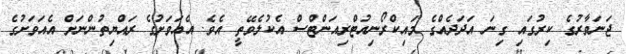
ޖަނަވާރުގެ ކިރުގައި ގިނަ އަދަދެއްގެ މައިކްރޯނިއުޓްރިއަންޓްސް އެކުލެވޭތީ އެވެ. އެއަވަށުގެ ރައްޔިތުންނަށް އެއަވަށުގެ